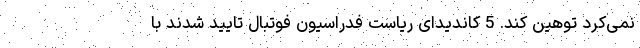
نمی‌کرد توهین کند. 5 کاندیدای ریاست فدراسیون فوتبال تایید شدند با